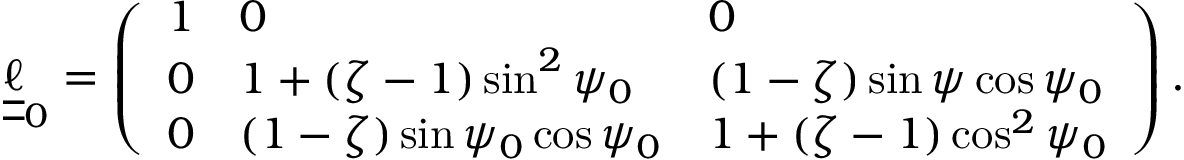
\boldsymbol { \underline { { \underline { { \ell } } } } } _ { 0 } = \left( \begin{array} { l l l } { 1 } & { 0 } & { 0 } \\ { 0 } & { 1 + ( \zeta - 1 ) \sin ^ { 2 } \psi _ { 0 } } & { ( 1 - \zeta ) \sin \psi \cos \psi _ { 0 } } \\ { 0 } & { ( 1 - \zeta ) \sin \psi _ { 0 } \cos \psi _ { 0 } } & { 1 + ( \zeta - 1 ) \cos ^ { 2 } \psi _ { 0 } } \end{array} \right) .